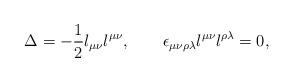
LaTeX: \begin{align*}\Delta = -{1\over 2} l_{\mu\nu} l^{\mu\nu},\quad\quad \epsilon_{\mu\nu\rho\lambda} l^{\mu\nu} l^{\rho\lambda} = 0,\end{align*}